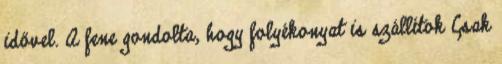
idővel. A fene gondolta, hogy folyékonyat is szállítok Csak